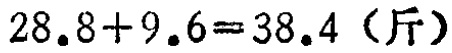
\(28.8 + 9.6 = 38.4\)（斤）